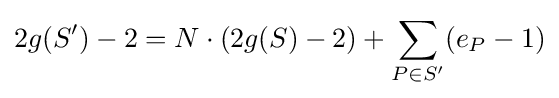
2g(S')-2=N\cdot (2g(S)-2)+\sum _{P\in S'}(e_{P}-1)